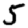
Digit: 5